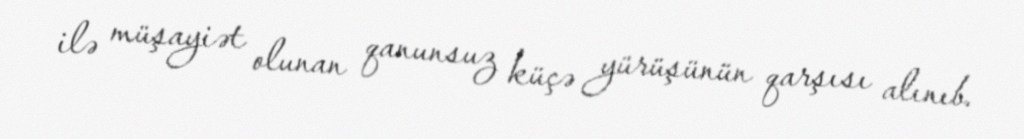
ilə müşayiət olunan qanunsuz küçə yürüşünün qarşısı alınıb.